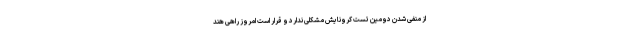
از منفی شدن دومین تست کرونایش مشکلی ندارد و قرار است امروز راهی هند